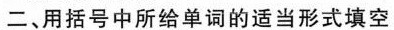
二、用括号中所给单词的适当形式填空